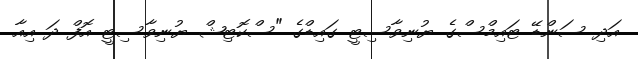
އަދި ސަންޑޭ ޓައިމްސްގެ ޔުނިވާސިޓީ ގައިޑްގެ "ސްކޮޓިޝް ޔުނިވާސިޓީ އޮފް ދަ އިއާ